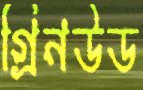
গ্রিনউড